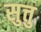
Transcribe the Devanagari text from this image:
सुत्तु